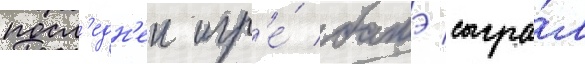
посл'едн'еи игр'е́ батэ сыгра́л